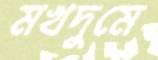
মখদুমে